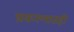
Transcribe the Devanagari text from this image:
प्रकरणातही